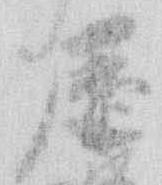
歴